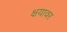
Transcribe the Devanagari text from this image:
क्षयावर